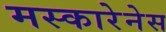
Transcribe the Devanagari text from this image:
मस्कारेनेस